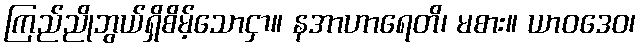
ကြည်ညိုဘွယ်ရှိစိမ့်သောငှာ။ နအာဟာရေတိ၊ မစား။ ယာဝဒေဝ၊